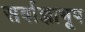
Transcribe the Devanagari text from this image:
सर्वाज्ञाभूप